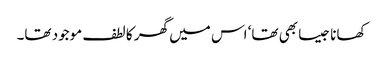
کھانا جیسا بھی تھا‘ اس میں گھر کا لطف موجود تھا۔